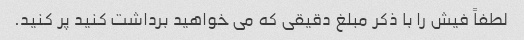
لطفاً فیش را با ذکر مبلغ دقیقی که می خواهید برداشت کنید پر کنید.